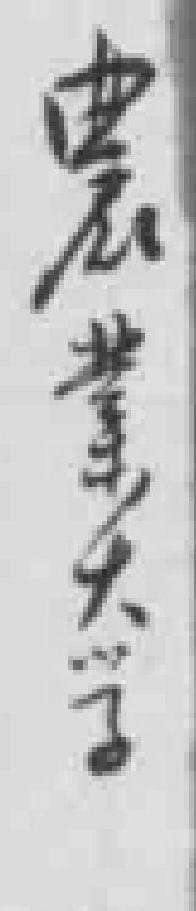
工業大學